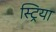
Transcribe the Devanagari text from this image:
स्ट्रिया